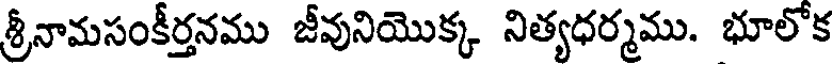
శ్రీనామసంకీర్తనము జీవునియొక్క నిత్యధర్మము. భూలోక